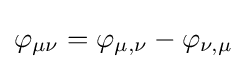
\varphi _{\mu \nu }=\varphi _{\mu ,\nu }-\varphi _{\nu ,\mu }